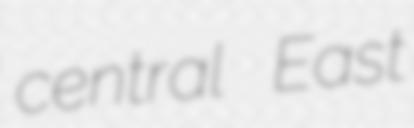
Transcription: central East